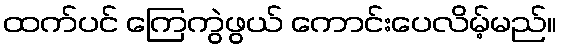
ထက်ပင် ကြေကွဲဖွယ် ကောင်းပေလိမ့်မည်။